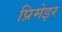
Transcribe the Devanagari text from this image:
प्रिमेइर